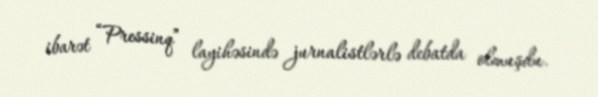
ibarət “Pressinq” layihəsində jurnalistlərlə debatda olmuşdu.